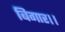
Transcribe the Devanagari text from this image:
बिगार।।